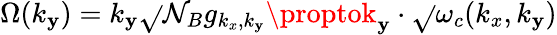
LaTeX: {\Omega}(k_{\mathbf{y}})=k_{\mathbf{y}}\sqrt{}{{\mathcal{{N}}_{B}}}g_{k_{x},k_{\mathbf{y}}}\proptok_{\mathbf{y}}\cdot\sqrt{}{{\omega_{c}(k_{x},k_{\mathbf{y}})}}